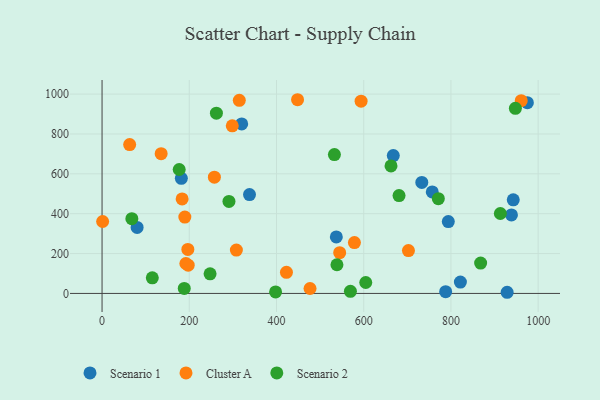
{"axis": {"x": "Distance", "y": "Fuel Efficiency"}, "legend": ["Cluster A", "Scenario 1", "Scenario 2"], "data": [{"x": "181.8", "y": 577.7, "type": "Scenario 1"}, {"x": "975.3", "y": 957.1, "type": "Scenario 1"}, {"x": "667.8", "y": 691.8, "type": "Scenario 1"}, {"x": "733.2", "y": 557.0, "type": "Scenario 1"}, {"x": "80.4", "y": 331.1, "type": "Scenario 1"}, {"x": "787.9", "y": 8.9, "type": "Scenario 1"}, {"x": "794.0", "y": 360.7, "type": "Scenario 1"}, {"x": "757.2", "y": 509.4, "type": "Scenario 1"}, {"x": "942.9", "y": 469.6, "type": "Scenario 1"}, {"x": "928.9", "y": 5.8, "type": "Scenario 1"}, {"x": "821.7", "y": 57.2, "type": "Scenario 1"}, {"x": "338.1", "y": 496.1, "type": "Scenario 1"}, {"x": "537.2", "y": 283.4, "type": "Scenario 1"}, {"x": "938.8", "y": 393.9, "type": "Scenario 1"}, {"x": "320.2", "y": 850.4, "type": "Scenario 1"}, {"x": "257.6", "y": 583.1, "type": "Cluster A"}, {"x": "197.5", "y": 142.0, "type": "Cluster A"}, {"x": "544.9", "y": 204.7, "type": "Cluster A"}, {"x": "1.3", "y": 360.9, "type": "Cluster A"}, {"x": "135.5", "y": 701.2, "type": "Cluster A"}, {"x": "192.2", "y": 150.1, "type": "Cluster A"}, {"x": "308.0", "y": 217.5, "type": "Cluster A"}, {"x": "422.8", "y": 105.8, "type": "Cluster A"}, {"x": "314.7", "y": 968.7, "type": "Cluster A"}, {"x": "189.8", "y": 383.0, "type": "Cluster A"}, {"x": "702.6", "y": 214.8, "type": "Cluster A"}, {"x": "63.3", "y": 746.9, "type": "Cluster A"}, {"x": "448.3", "y": 971.8, "type": "Cluster A"}, {"x": "196.7", "y": 220.6, "type": "Cluster A"}, {"x": "298.6", "y": 841.1, "type": "Cluster A"}, {"x": "476.9", "y": 24.8, "type": "Cluster A"}, {"x": "578.7", "y": 255.0, "type": "Cluster A"}, {"x": "961.2", "y": 967.1, "type": "Cluster A"}, {"x": "594.0", "y": 964.3, "type": "Cluster A"}, {"x": "183.6", "y": 474.3, "type": "Cluster A"}, {"x": "176.9", "y": 621.8, "type": "Scenario 2"}, {"x": "68.3", "y": 374.8, "type": "Scenario 2"}, {"x": "913.3", "y": 401.1, "type": "Scenario 2"}, {"x": "569.5", "y": 10.7, "type": "Scenario 2"}, {"x": "532.8", "y": 696.5, "type": "Scenario 2"}, {"x": "397.9", "y": 7.6, "type": "Scenario 2"}, {"x": "681.0", "y": 490.7, "type": "Scenario 2"}, {"x": "538.6", "y": 143.8, "type": "Scenario 2"}, {"x": "604.7", "y": 54.8, "type": "Scenario 2"}, {"x": "662.6", "y": 639.5, "type": "Scenario 2"}, {"x": "868.1", "y": 152.2, "type": "Scenario 2"}, {"x": "291.0", "y": 461.7, "type": "Scenario 2"}, {"x": "115.2", "y": 78.3, "type": "Scenario 2"}, {"x": "262.2", "y": 904.5, "type": "Scenario 2"}, {"x": "247.7", "y": 98.6, "type": "Scenario 2"}, {"x": "947.8", "y": 928.9, "type": "Scenario 2"}, {"x": "771.1", "y": 475.5, "type": "Scenario 2"}, {"x": "188.5", "y": 25.0, "type": "Scenario 2"}]}